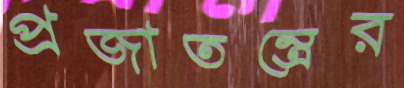
প্রজাতন্ত্রের